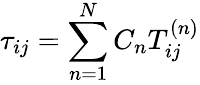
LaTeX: {\tau_{ij}}=\sum_{n=1}^{N}{{C_{n}}T_{ij}^{\left(n\right)}}